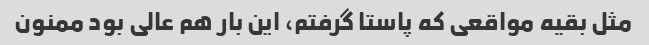
مثل بقیه مواقعی که پاستا گرفتم، این بار هم عالی بود ممنون